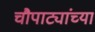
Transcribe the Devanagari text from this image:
चौपाट्यांच्या